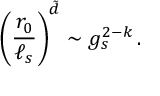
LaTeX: \left( { \frac { r _ { 0 } } { \ell _ { s } } } \right) ^ { \tilde { d } } \sim g _ { s } ^ { 2 - k } \, .